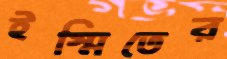
ইস্মিতের